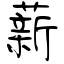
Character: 薪